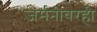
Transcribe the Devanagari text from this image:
जर्मनीवरही